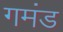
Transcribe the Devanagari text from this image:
गमंड